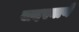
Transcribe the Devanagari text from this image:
सदस्यायें